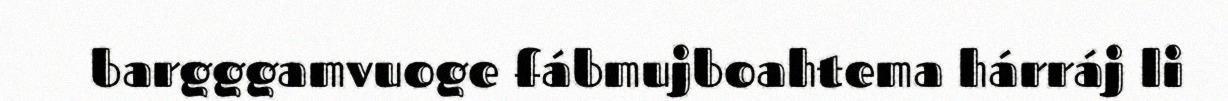
bargggamvuoge fábmujboahtema hárráj li